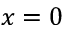
x = 0